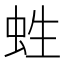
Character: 﨡